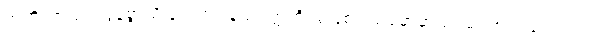
အဘိညာယ၊ လွန်စွာသိခြင်းငှာ။ နသံဝတ္တတိ၊ မဖြစ်။ သမ္ဗောဓာယ၊ မဂ်ဉာဏ်လေးပါး